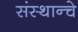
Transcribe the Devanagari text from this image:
संस्थान्चे